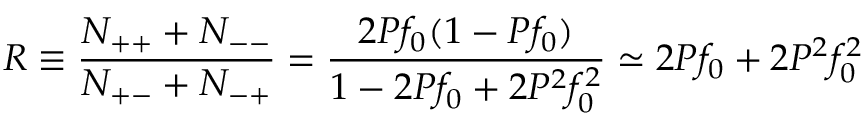
R \equiv { \frac { N _ { + + } + N _ { -- } } { N _ { + - } + N _ { - + } } } = { \frac { 2 { \cal P } f _ { 0 } ( 1 - { \cal P } f _ { 0 } ) } { 1 - 2 { \cal P } f _ { 0 } + 2 { \cal P } ^ { 2 } f _ { 0 } ^ { 2 } } } \simeq 2 { \cal P } f _ { 0 } + 2 { \cal P } ^ { 2 } f _ { 0 } ^ { 2 } \,